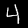
Label: 4